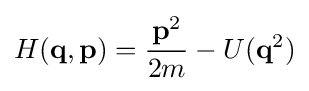
H(\mathbf {q} ,\mathbf {p} )={\frac {\mathbf {p} ^{2}}{2m}}-U(\mathbf {q} ^{2})